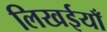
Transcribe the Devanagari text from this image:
लिखईयाँ